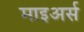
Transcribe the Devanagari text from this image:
माइअर्स